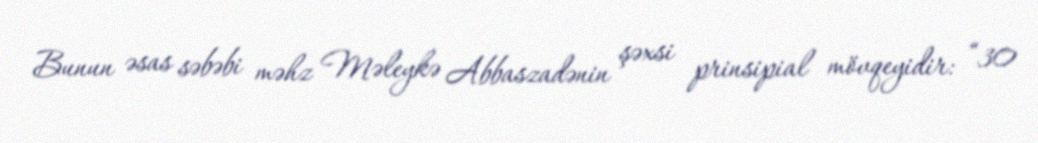
Bunun əsas səbəbi məhz Məleykə Abbaszadənin şəxsi prinsipial mövqeyidir: “30